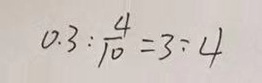
0 . 3 : \frac { 4 } { 1 0 } = 3 : 4